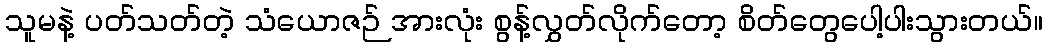
သူမနဲ့ ပတ်သတ်တဲ့ သံယောဇဉ် အားလုံး စွန့်လွှတ်လိုက်တော့ စိတ်တွေပေါ့ပါးသွားတယ်။